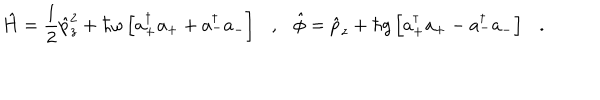
\hat { H } = \frac { 1 } { 2 } \hat { p } _ { z } ^ { 2 } + \hbar \omega \left[ a _ { + } ^ { \dagger } a _ { + } + a _ { - } ^ { \dagger } a _ { - } \right] \ \ \ , \ \ \ \hat { \phi } = \hat { p } _ { z } + \hbar g \left[ a _ { + } ^ { \dagger } a _ { + } - a _ { - } ^ { \dagger } a _ { - } \right] \ \ \ .